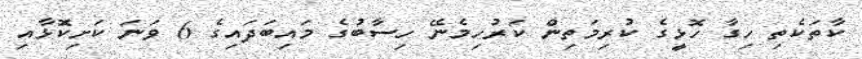
ކާތަކެތި ހިގާ ހޮޅީގެ ކުރިމަތިން ކަރުހިމެނޭ ހިސާބުގެ މައިބަދައިގެ 6 ވަނަ ކަށިކޮޅާއި